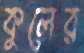
কুলের